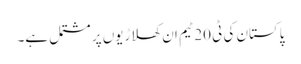
پاکستان کی ٹی 20 ٹیم ان کھلاڑیوں پر مشتمل ہے۔